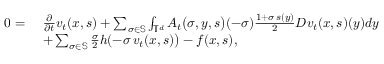
\begin{array} { r l } { 0 = } & { \ \frac { \partial } { \partial t } v _ { t } ( x , s ) + \sum _ { \sigma \in \mathbb { S } } \int _ { \mathbb { T } ^ { d } } A _ { t } \big ( \sigma , y , s \big ) ( - \sigma ) \frac { 1 + \sigma \, s ( y ) } { 2 } D v _ { t } ( x , s ) ( y ) d y } \\ & { \ + \sum _ { \sigma \in \mathbb { S } } \frac { \sigma } { 2 } h ( - \sigma \, v _ { t } ( x , s ) \big ) - f ( x , s ) , } \end{array}